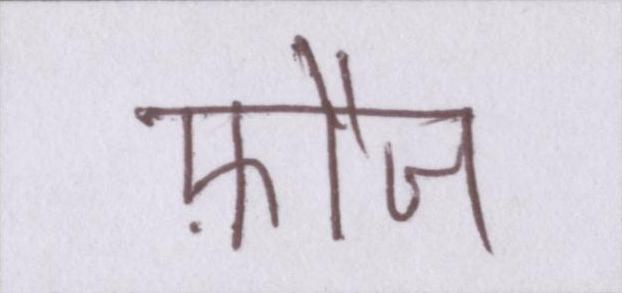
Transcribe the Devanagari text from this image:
फ़ौज